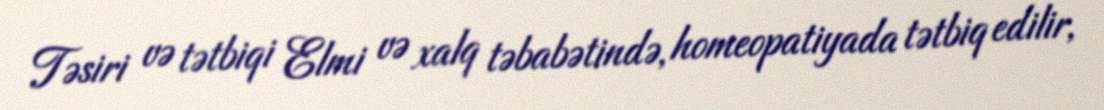
Təsiri və tətbiqi Elmi və xalq təbabətində, homeopatiyada tətbiq edilir,